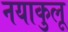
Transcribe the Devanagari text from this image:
नयाकुलू